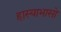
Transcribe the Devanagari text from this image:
हास्याभासो